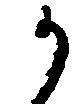
か